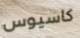
كاسيوس